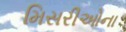
મિસરીઓના